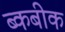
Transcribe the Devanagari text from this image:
ब्कबीक